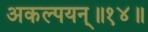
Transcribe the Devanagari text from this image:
अकल्पयन्॥१४॥